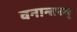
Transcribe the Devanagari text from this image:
वनान्तरम्